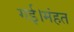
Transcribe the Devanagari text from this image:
गई।मंहत